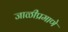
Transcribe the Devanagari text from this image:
जाळीप्रमाणे